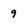
Character: 9